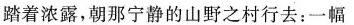
踏着浓露，朝那宁静的山野之村行去：一幅